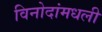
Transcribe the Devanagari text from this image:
विनोदांमधली